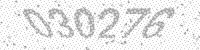
Solution: 030276